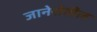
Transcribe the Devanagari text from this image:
जानेरोतील